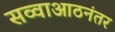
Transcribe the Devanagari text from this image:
सव्वाआठनंतर